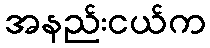
အနည်းငယ်က